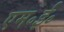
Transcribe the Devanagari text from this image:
एम॰ई॰